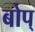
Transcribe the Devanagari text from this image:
बोप्